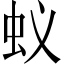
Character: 蚁